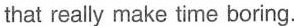
that really make time boring.